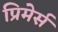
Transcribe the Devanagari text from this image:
प्रिमेर्स